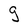
Character: g